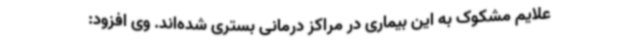
علایم مشکوک به این بیماری در مراکز درمانی بستری شده‌اند. وی افزود: